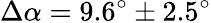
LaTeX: \Delta\alpha=9.6^{\circ}\pm 2.5^{\circ}